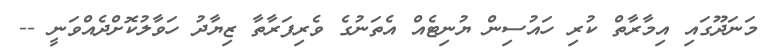
މަނަދޫގައި އިމާރާތް ކުރި ހައުސިން ޔުނިޓެއް އެތަނުގެ ވެރިފަރާތާ ޒިޔާދު ހަވާލުކޮށްދެއްވަނީ --